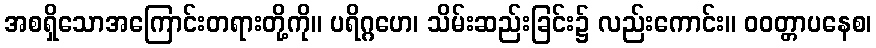
အစရှိသောအကြောင်းတရားတို့ကို။ ပရိဂ္ဂဟေ၊ သိမ်းဆည်းခြင်း၌ လည်းကောင်း။ ဝဝတ္တာပနေစ၊